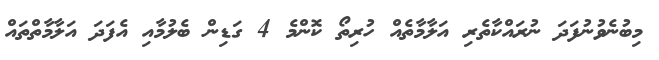
މިބުނެވުނުފަދަ ނުރައްކާތެރި އަލާމާތެއް ހުރިތޯ ކޮންމެ 4 ގަޑިން ބެލުމާއި އެފަދަ އަލާމާތްތައް